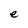
Character: e